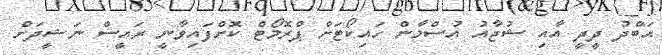
އަބްދު ދީދީ އާއި ޝުޖާއު އުސްމާން ހައިކޯޓަށް ޕްރޮމޯޓް ކޮށްފައިވާނީ ރައީސް ނަޝީދަށް